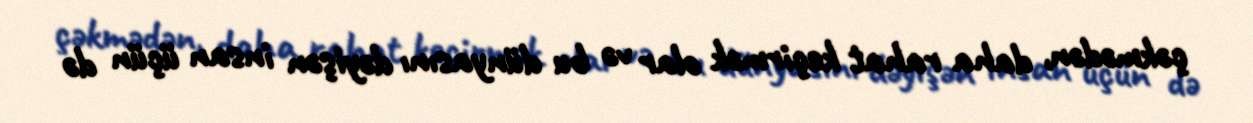
çəkmədən, daha rahat keçirmək olar və bu dünyasını dəyişən insan üçün də